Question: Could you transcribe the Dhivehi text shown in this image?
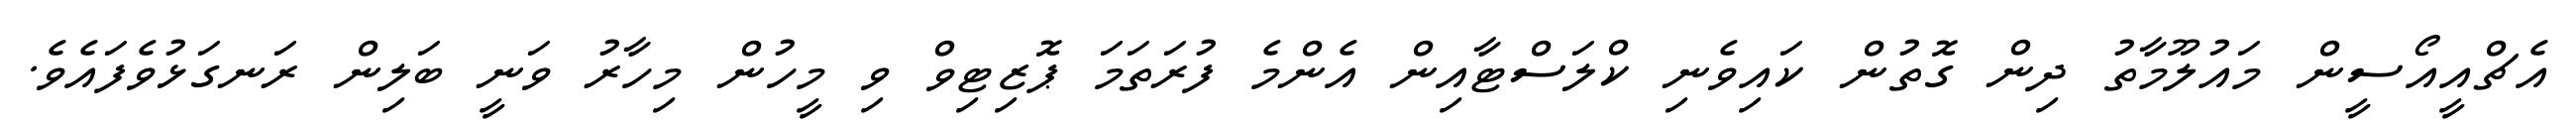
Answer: އެޗްއީއޯސީން މައުލޫމާތު ދިން ގޮތުން ކައިވެނި ކްލަސްޓާއިން އެންމެ ފުރަތަމަ ޕޮޒިޓިވް ވި މީހުން މިހާރު ވަނީ ބަލިން ރަނގަޅުވެފައެވެ.